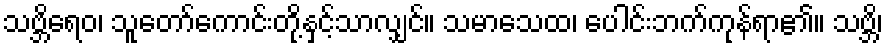
သဗ္ဘိရေဝ၊ သူတော်ကောင်းတို့နှင့်သာလျှင်။ သမာသေထ၊ ပေါင်းဘက်ကုန်ရာ၏။ သဗ္ဘိ၊